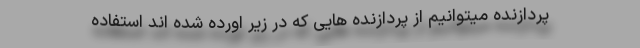
پردازنده میتوانیم از پردازنده هایی که در زیر اورده شده اند استفاده